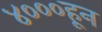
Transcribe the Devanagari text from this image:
४०००हून